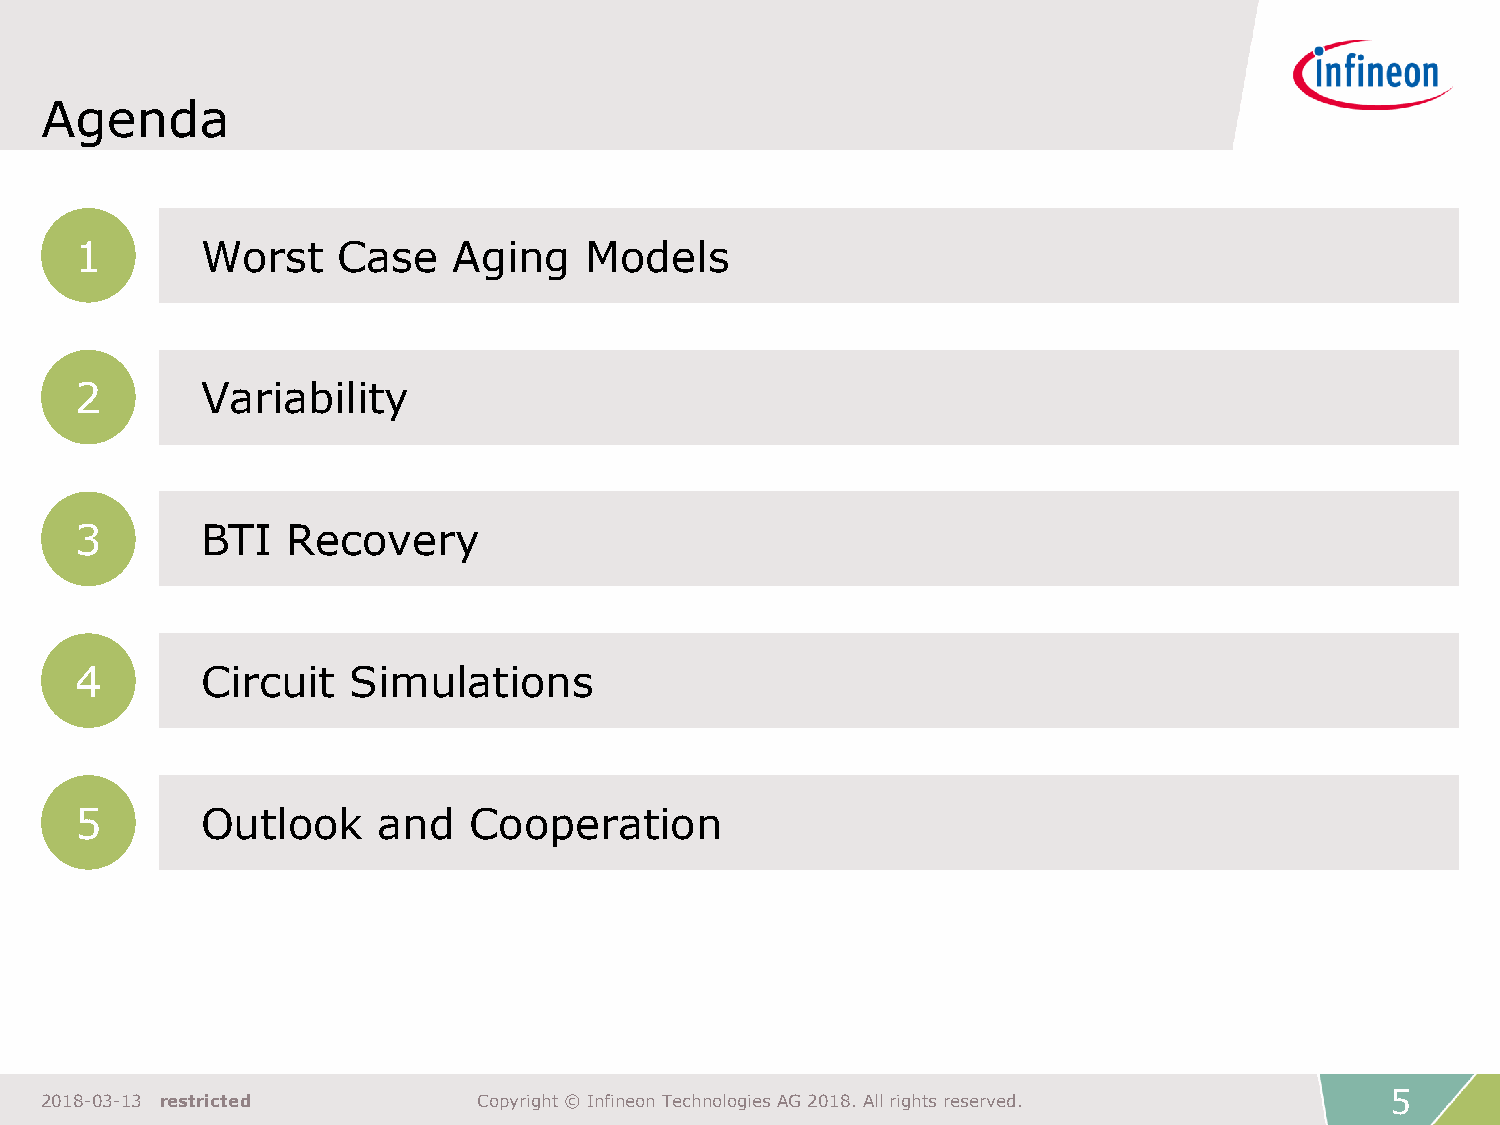
Agenda
 1       Worst    Case    Aging    Models
 2       Variability
 3       BTI   Recovery
 4       Circuit   Simulations
 5       Outlook     and   Cooperation
 5
 2018-03-13 restricted        Copyright © Infineon Technologies AG 2018. All rights reserved.